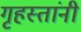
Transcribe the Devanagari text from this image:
गृहस्तांनी